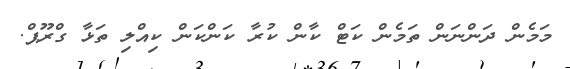
މަމެން ދަންނަން ތަމެން ކަޓް ކާން ކުރާ ކަންކަން ކިއްލި ތަޅާ ގްރޫޕް.